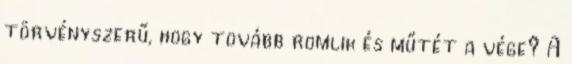
törvényszerű, hogy tovább romlik és műtét a vége? A